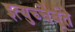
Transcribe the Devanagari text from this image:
इत्युच्चैर्बूते